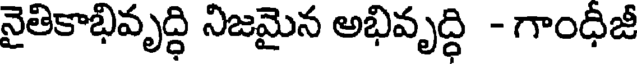
నైతికాభివృద్ధి నిజమైన అభివృద్ధి - గాంధీజీ